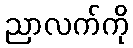
ညာလက်ကို